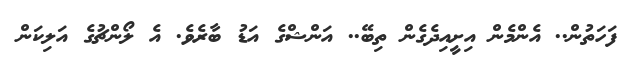
ފަހަތުން.. އެންމެން އިށީއިދެގެން ތިބޭ.. އަންޝްގެ އަޑު ބާރެވެ. އެ ލޯންޗުގެ އަލިކަން